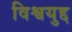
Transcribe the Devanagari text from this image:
विश्वयुद्द